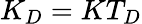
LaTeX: K_{D}=KT_{D}